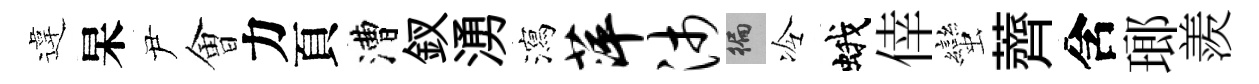
違杲尹㑹力頁漕釵湧瀉萍沛徧冷蛾倖蠻薺含瑯羨